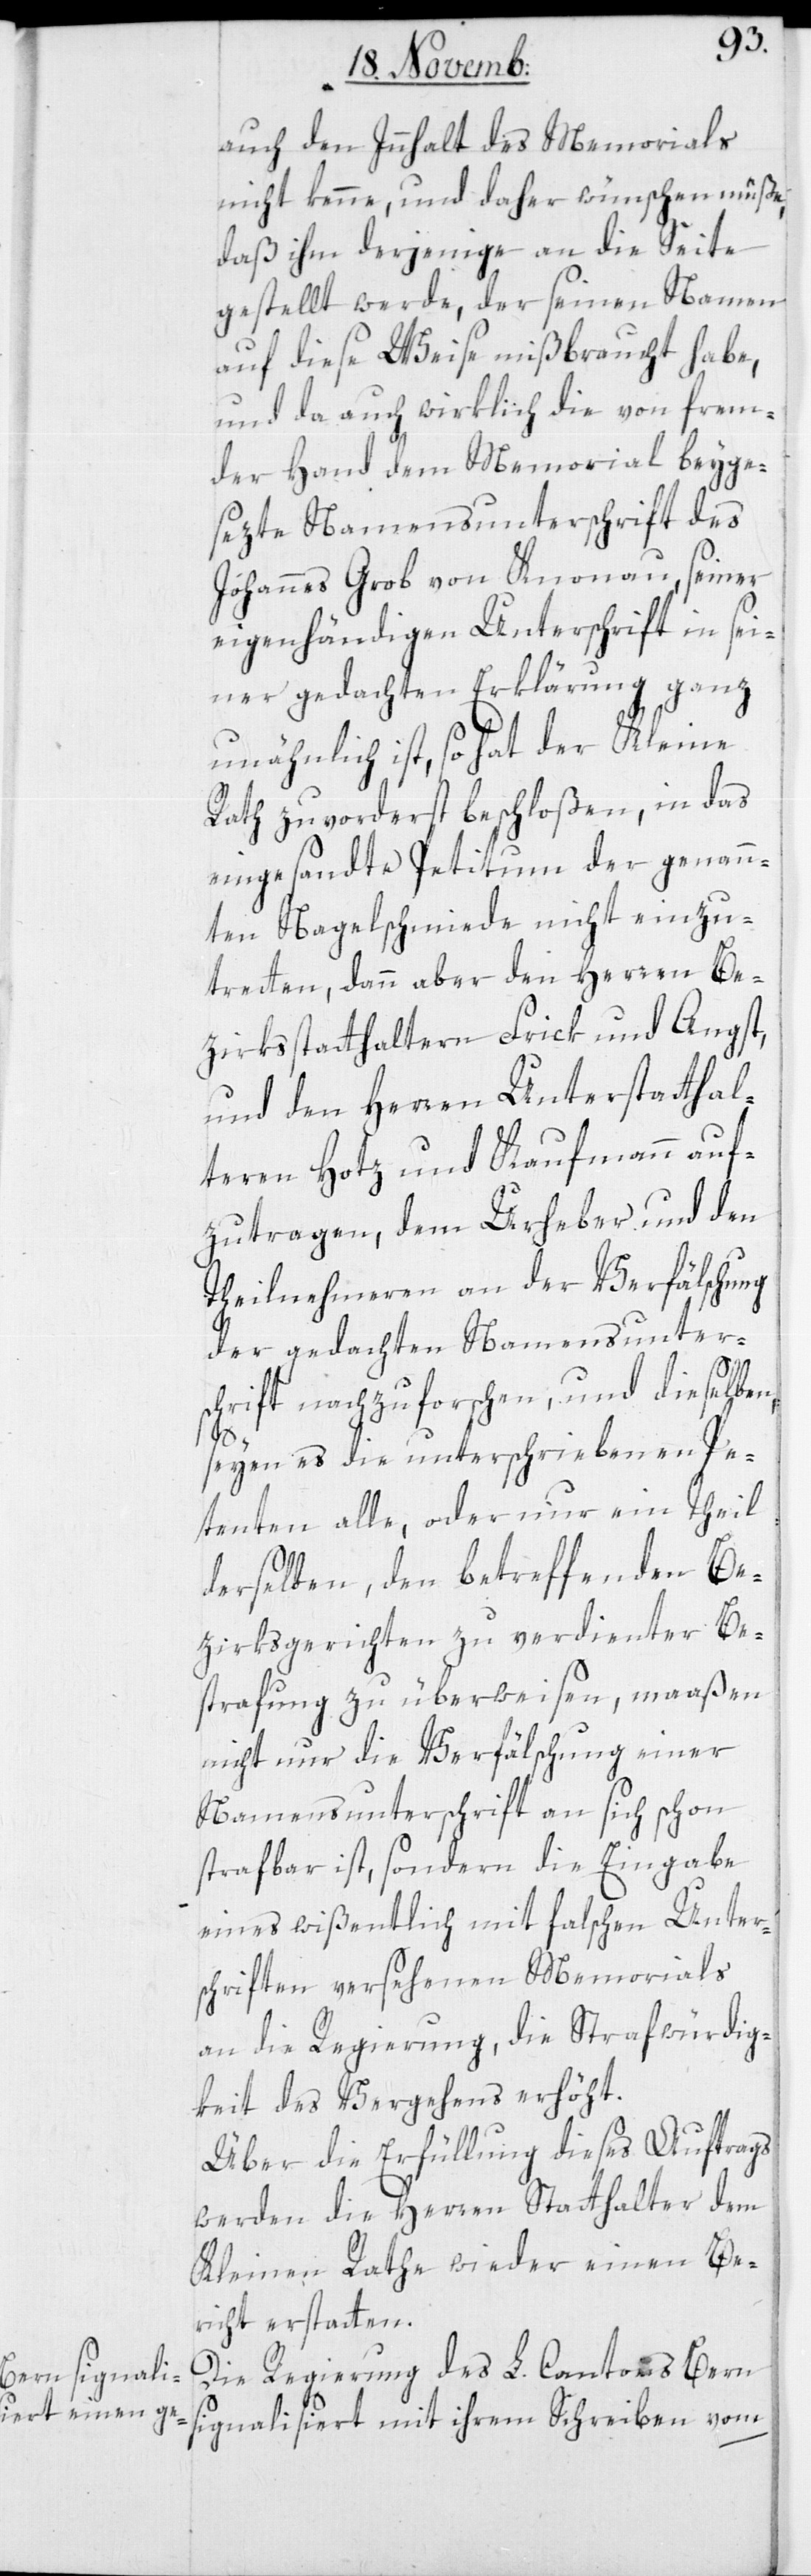
auch den Inhalt des Memorials
nicht kenne, und daher wünschen müße,
daß ihm derjenige an die Seite
gestellt werde, der seinen Namen
auf diese Weise mißbraucht habe,
und da auch wirklich die von frem¬
der Hand dem Memorial beyge¬
sezte Namensunterschrift des
Johannes Grob von Knonau, seiner
eigenhändigen Unterschrift in sei¬
ner gedachten Erklärung ganz
unähnlich ist, so hat der Kleine
Rath zuvorderst beschloßen, in das
eingesandte Petitum der genann¬
ten Nagelschmiede nicht einzu¬
treten, dann aber den Herren Be¬
zirksstatthalter Frick und Angst,
und den Herren Unterstatthal¬
teren Hotz und Kaufmann auf¬
zutragen, dem Urheber und den
Teilnehmeren an der Verfälschung
der gedachten Namensunter¬
schrift nachzuforschen, und dieselben,
seyen es die unterschreibenden Pe¬
tenten alle, oder nur ein Theil
derselben, den betreffenden Be¬
zirksgerichten zu verdienter Be¬
strafung zu überweisen, maaßen
nicht nur die Verfälschung einer
Namensunterschrift an sich schon
strafbar ist, sondern die Eingabe
eines wißentlich mit falschen Unter¬
schriften versehenen Memorials
an die Regierung, die Strafwürdig¬
keit des Vergehens erhöht.
Über die Erfüllung dieses Auftrags
werden die Herren Statthalter dem
Kleinen Rathe wieder einen Be¬
richt erstatten.
Die Regierung des L. Cantons Bern
signalisiert mit ihrem Schreiben vom